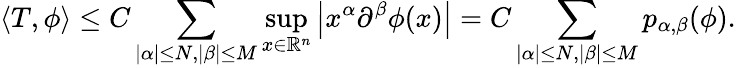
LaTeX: \langle T,\phi\rangle\leq C\sum_{|\alpha|\leq N,|\beta|\leq M}\operatorname*{sup}_{x\in\mathbb{R}^{n}}\left|x^{\alpha}\partial^{\beta}\phi(x)\right|=C\sum_{|\alpha|\leq N,|\beta|\leq M}p_{\alpha,\beta}(\phi).